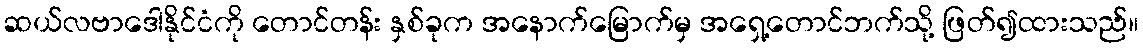
ဆယ်လဗာဒေါနိုင်ငံကို တောင်တန်း နှစ်ခုက အနောက်မြောက်မှ အရှေ့တောင်ဘက်သို့ ဖြတ်၍ထားသည်။